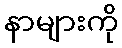
နာများကို